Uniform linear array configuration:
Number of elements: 16
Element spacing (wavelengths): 0.5
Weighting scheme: cosine
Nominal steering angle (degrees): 45
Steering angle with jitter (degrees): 43.409
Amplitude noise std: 0.05
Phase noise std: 0.05

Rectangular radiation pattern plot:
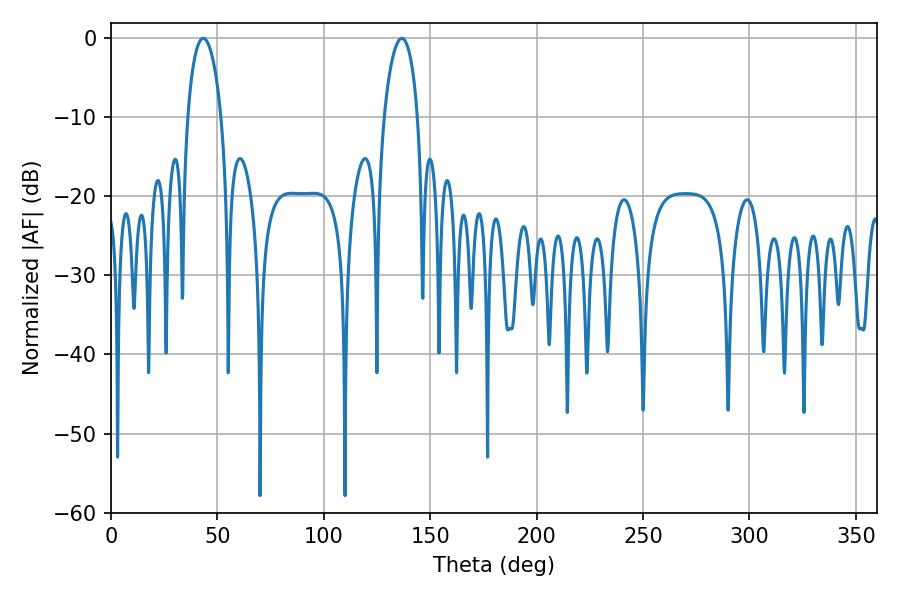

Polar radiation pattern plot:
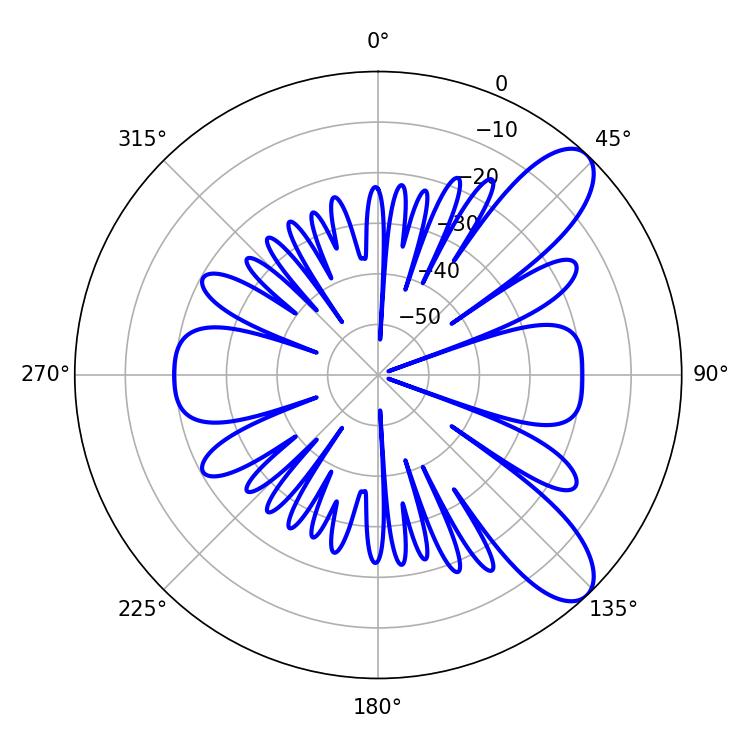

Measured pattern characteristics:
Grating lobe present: FALSE
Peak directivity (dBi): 9.334
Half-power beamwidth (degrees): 9
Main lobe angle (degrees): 43.38